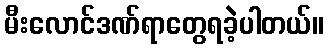
မီးလောင်ဒဏ်ရာတွေရခဲ့ပါတယ်။